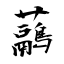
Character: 虉